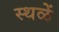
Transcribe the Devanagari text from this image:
स्थळें